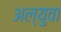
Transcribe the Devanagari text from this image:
अल्युवा